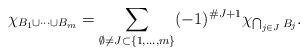
LaTeX: \begin{align*} \chi_{B_1\cup\cdots\cup B_m}=\sum_{\emptyset\ne J\subset \{1,\dots, m\}} (-1)^{\# J+1} \chi_{\bigcap_{j\in J}B_j}.\end{align*}